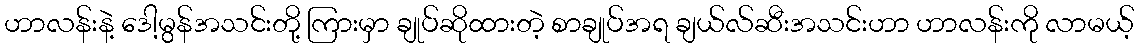
ဟာလန်းနဲ့ ဒေါ့မွန်အသင်းတို့ ကြားမှာ ချုပ်ဆိုထားတဲ့ စာချုပ်အရ ချယ်လ်ဆီးအသင်းဟာ ဟာလန်းကို လာမယ့်